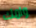
وامك